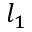
l _ { 1 }